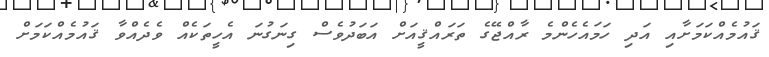
ޤައުމެއްކަމަށާއި އަދި ހަމައެހެންމެ ރާއްޖޭގެ ތަރައްޤީއަށް އަބަދުވެސް ގިނަގުނަ އެހީތަކެއް ވެދެއްވާ ޤައުމެއްކަމަށް